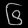
Digit: ၆